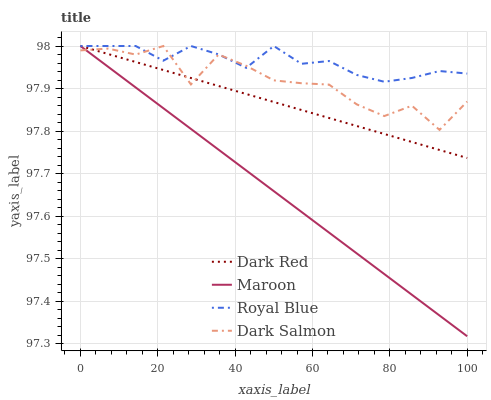
| xaxis_label | Dark Red | Maroon | Royal Blue | Dark Salmon |
 | --- | --- | --- | --- | --- |
 | 0 | 98 | 98 | 98 | 98 |
 | 7.14 | 98 | 98 | 98 | 98 |
 | 14.3 | 98 | 97.9 | 98 | 98 |
 | 21.4 | 97.9 | 97.9 | 98 | 98 |
 | 28.6 | 97.9 | 97.8 | 98 | 97.9 |
 | 35.7 | 97.9 | 97.8 | 98 | 98 |
 | 42.9 | 97.9 | 97.7 | 97.9 | 98 |
 | 50 | 97.9 | 97.7 | 98 | 97.9 |
 | 57.1 | 97.8 | 97.6 | 98 | 97.9 |
 | 64.3 | 97.8 | 97.6 | 98 | 97.9 |
 | 71.4 | 97.8 | 97.5 | 97.9 | 97.9 |
 | 78.6 | 97.8 | 97.5 | 97.9 | 97.8 |
 | 85.7 | 97.8 | 97.4 | 97.9 | 97.9 |
 | 92.9 | 97.8 | 97.4 | 97.9 | 97.8 |
 | 100 | 97.7 | 97.3 | 97.9 | 97.9 |